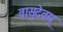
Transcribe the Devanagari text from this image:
वासुदेवम्